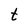
Character: t